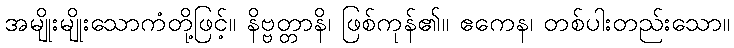
အမျိုးမျိုးသောကံတို့ဖြင့်။ နိဗ္ဗတ္တာနိ၊ ဖြစ်ကုန်၏။ ဧကေန၊ တစ်ပါးတည်းသော။